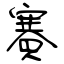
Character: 賽